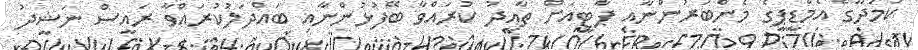
ކަމަދޫގެ އެމްޑީޕީގެ މެންބަރުންނާއި ޕާޓީއަށް ތާއީދު ކުރައްވާ ބޭފުޅުންނާއި ބައްދަލުކުރައްވާ ރައީސް ނަޝީދު